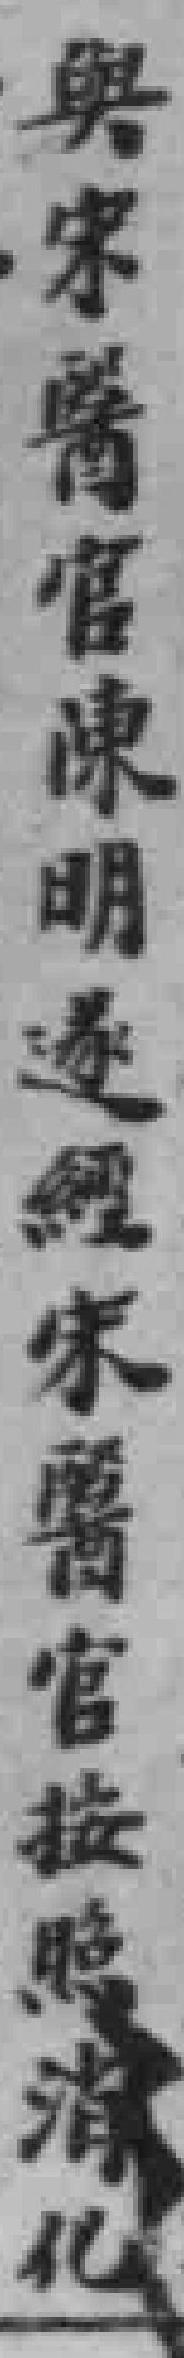
與宋醫官陳明遂經宋醫官按照消化